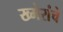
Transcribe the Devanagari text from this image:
ख्मेरांचे